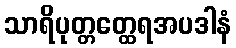
သာရိပုတ္တတ္ထေရအပဒါနံ